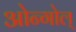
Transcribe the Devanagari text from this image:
ओन्गोल्